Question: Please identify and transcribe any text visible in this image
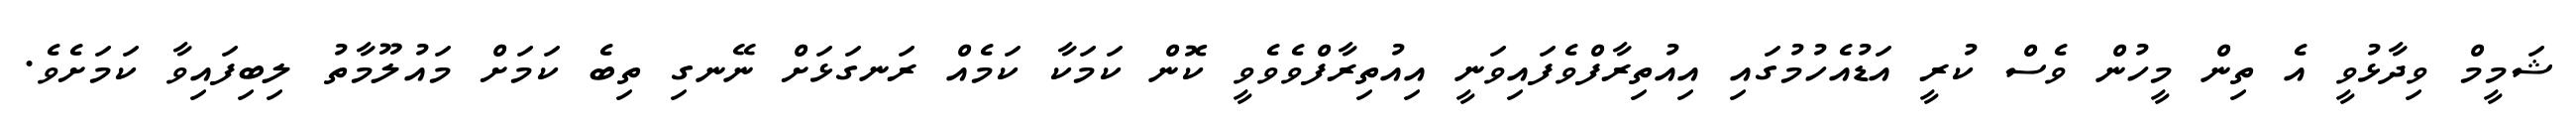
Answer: ޝަމީމް ވިދާޅުވީ އެ ތިން މީހުން ވެސް ކުރީ އަޑުއެހުމުގައި އިއުތިރާފްވެފައިވަނީ އިއުތިރާފްވެވެވީ ކޮން ކަމަކާ ކަމެއް ރަނގަޅަށް ނޭނގި ތިބެ ކަމަށް މައުލޫމާތު ލިބިފައިވާ ކަމަށެވެ.